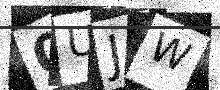
Text: 0UJW